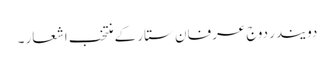
دویندر دوج عرفان ستار کے منتخب اشعار ۔